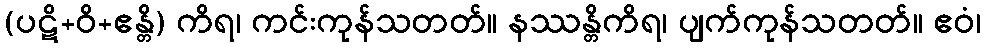
(ပဋိ+ဝိ+ဧန္တိ) ကိရ၊ ကင်းကုန်သတတ်။ နဿန္တိကိရ၊ ပျက်ကုန်သတတ်။ ဧဝံ၊